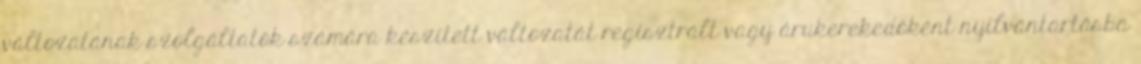
változatának szolgáltatók számára készített változatát regisztrált vagy árukerekedőként nyilvántartásba